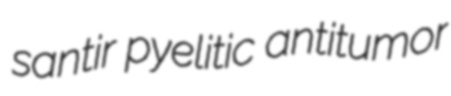
santir pyelitic antitumor